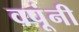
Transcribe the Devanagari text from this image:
वपूंनी